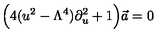
\Big ( 4 ( u ^ { 2 } - \Lambda ^ { 4 } ) \partial _ { u } ^ { 2 } + 1 \Big ) \vec { a } = 0